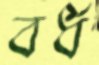
বর্ধ